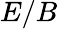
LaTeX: E/B